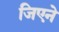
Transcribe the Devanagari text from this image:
जिएने